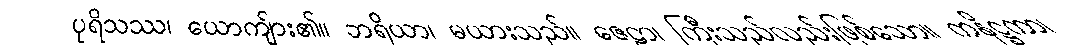
ပုရိသဿ၊ ယောကျ်ား၏။ ဘရိယာ၊ မယားသည်။ ဇေဠာ၊ ကြီးသည်လည်းဖြစ်သော။ ကနိဋ္ဌကာ၊